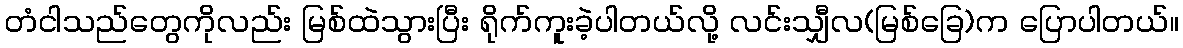
တံငါသည်တွေကိုလည်း မြစ်ထဲသွားပြီး ရိုက်ကူးခဲ့ပါတယ်လို့ လင်းသျှီလ(မြစ်ခြေ)က ပြောပါတယ်။